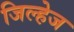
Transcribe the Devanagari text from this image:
जिल्हेज